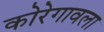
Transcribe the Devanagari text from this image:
कोरेगावला